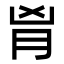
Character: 𦙄